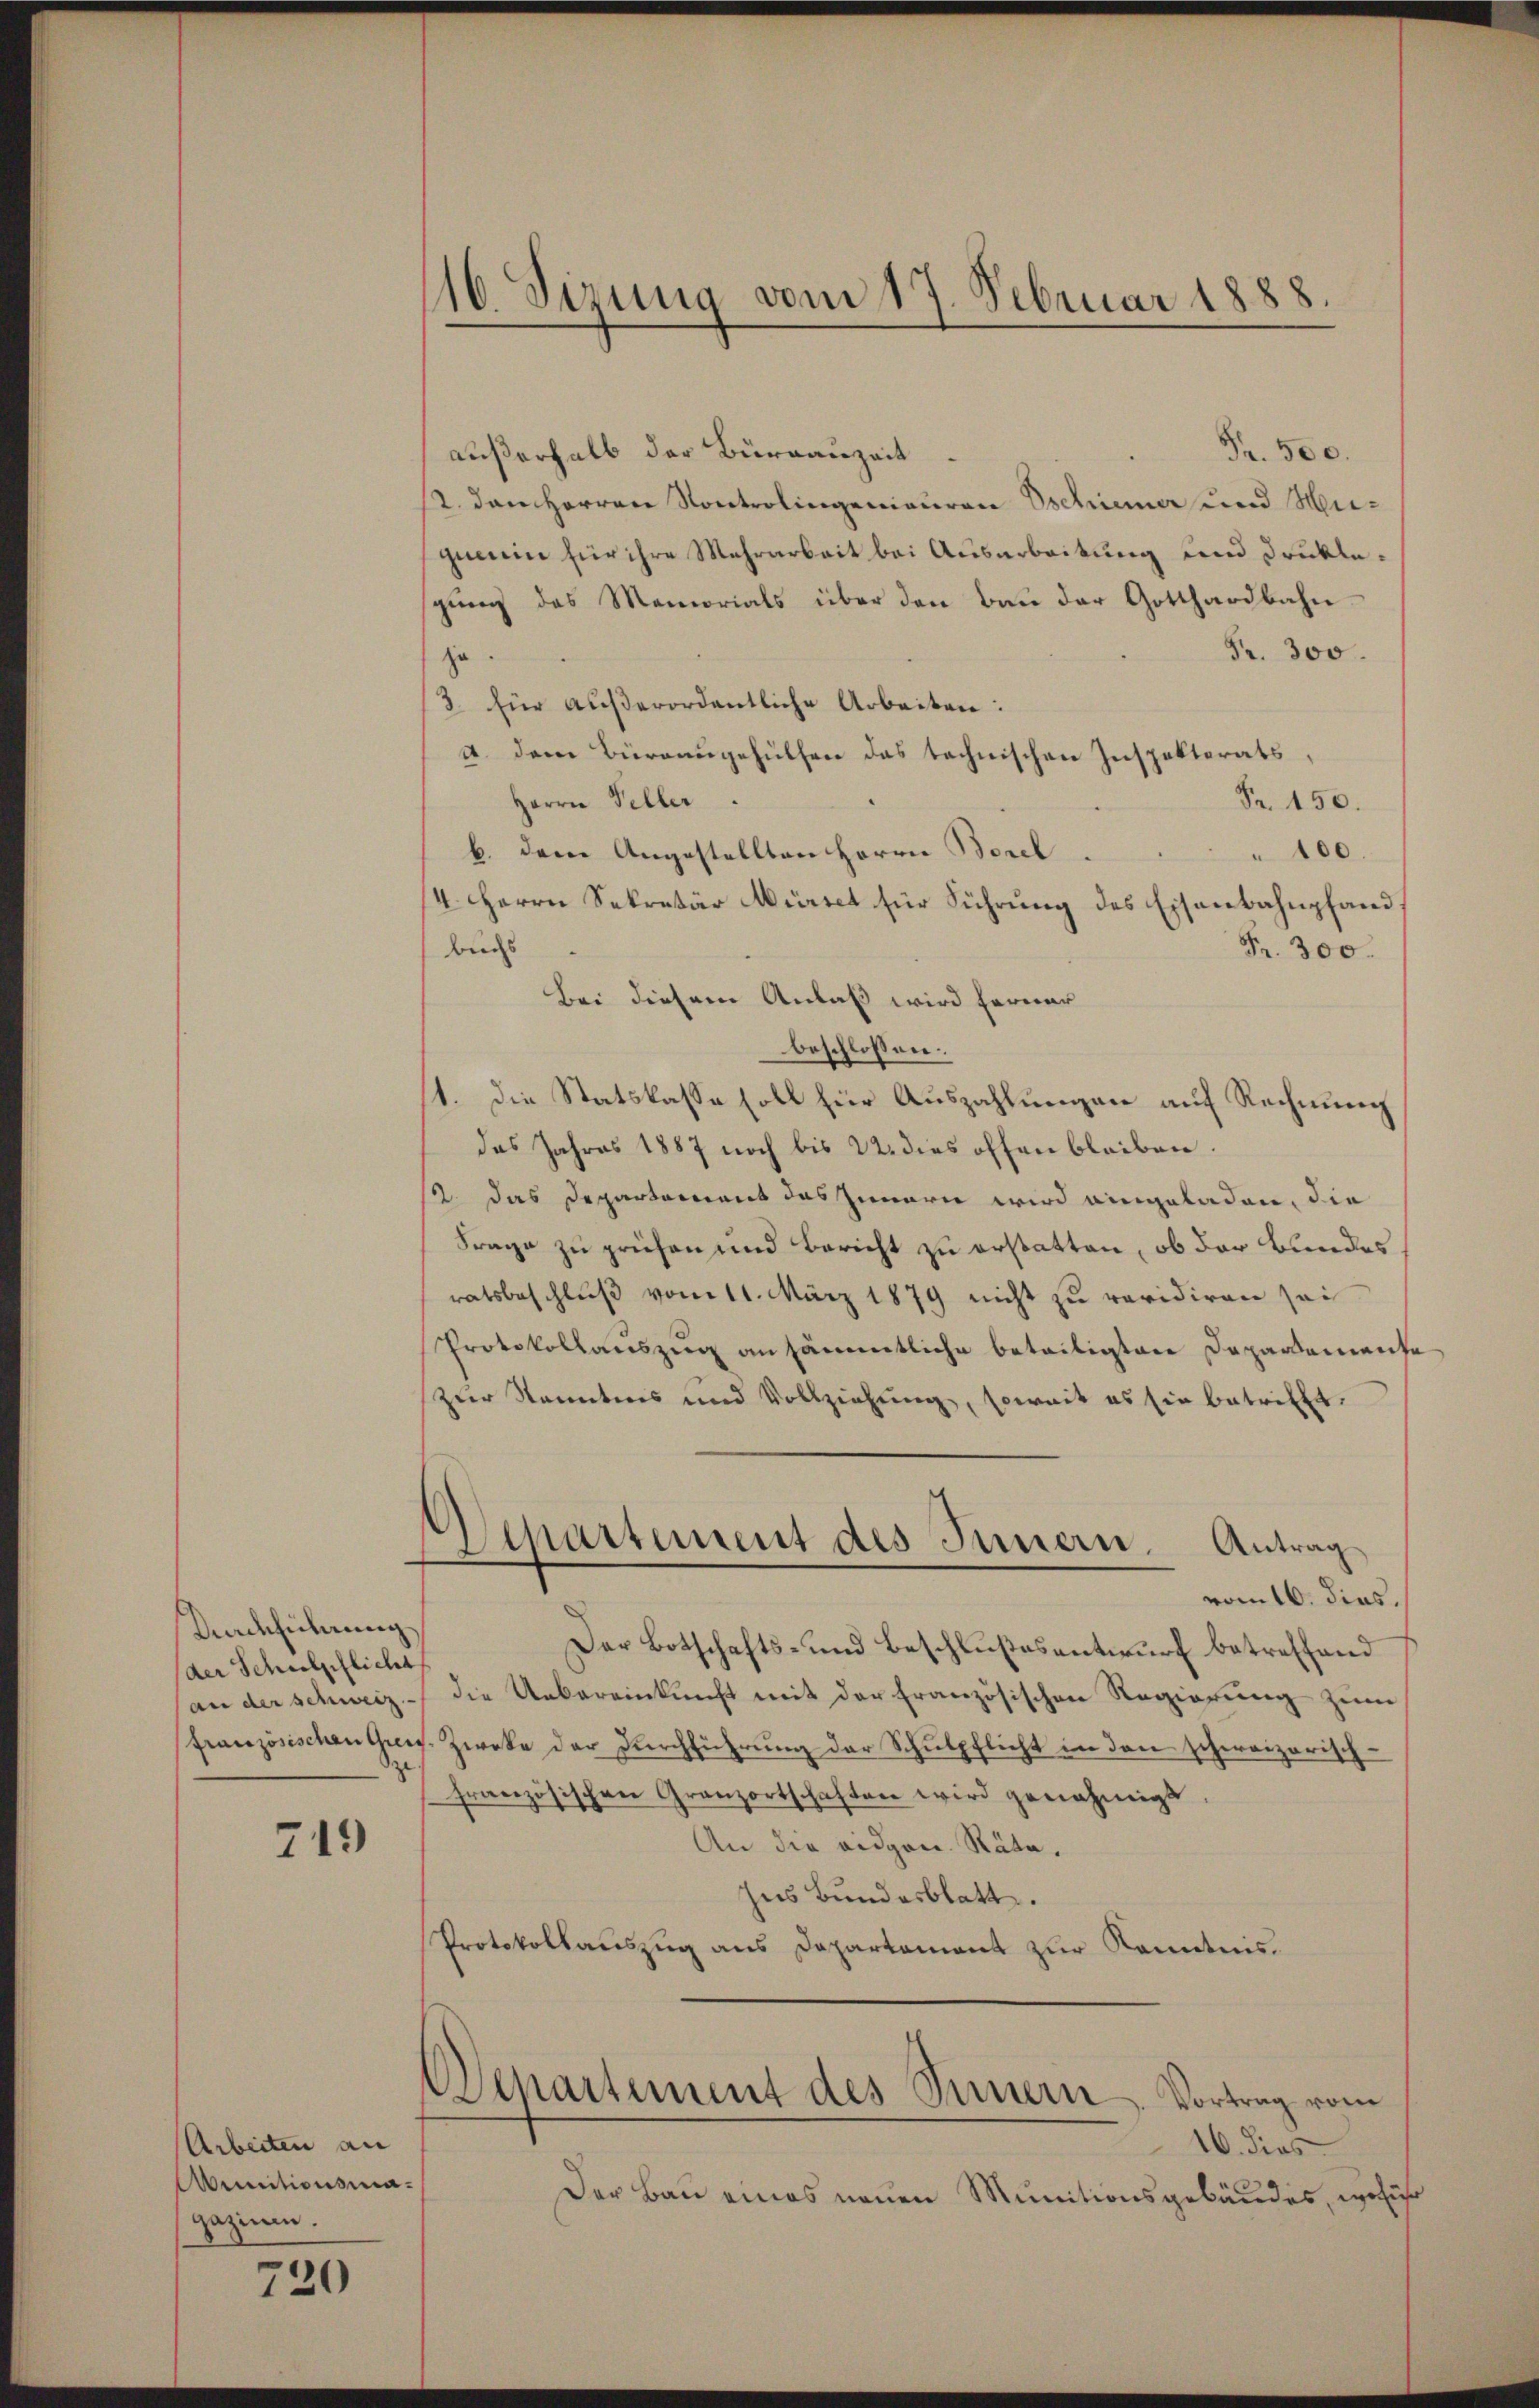
Nachführung
(der Schulschlicht
an der schweiz.
französischen Greisze

719

Arbeiten an
Munitionsmagazinen.

720

16. Sizung vom 17 Februar 1888.

Fr. 500.
außerhalb der Burgauzeit.
2. den Herren Kontrolingenieuren schiener und Hei-
querin für ihre Mehrarbeit bei Ausarbeitung und Druklegung des Memorials über den Bau der Gotthardbahn¬
Fr. 300.
z
3 für außerordentliche Arbeiten:
A. dem Büreausgehülfen das technischen Inspektorats,
Herrn Peller.
Fr. 150.
b. dem Angestellten Herrn Borel
100.
4. Herrn Sekretär Mürtet für Führung des Eisenbahnpfand
buchs
Fr. 300.
Bei diesem Anlaß wird ferner
beschlossen:
1. Die Statskasse soll für Auszahlungen auf Rechnung
das Jahres 1887 noch bis 22. dies offen bleiben.
2. das Departement das Innern wird eingeladen, die
Frage zu prüfen und Bericht zu erstatten, ob der Bundes
ratsbeschluß vom 11. März 1879 nicht zu revidiren sei
Protokollauszug an sämmtliche beteiligten Departement
zur Kenntnis und Vollziehung, soweit es sie betrifft.
Aepartement des Innern.
Antrag
vom 16. dies.
Der Botschafts- und Beschlußesentwurf betreffend
die Uebereinkunft mit der Französischen Regierung zum
Zweke der Durchführung der Schulpflicht in den schweizerischfranzösischen Granzortschaften wird genehmigt,
An die eidgen. Räte.
Ins Bundesblatt.
Protokollauszug aus Departement zur Kenntnis.
Departement des Sinnern. Vortrag vom
16. dies
Der Bau eines neuen Munitionsgebäudes, wofür